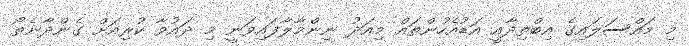
މި މައްސަލައިގެ އިބްތިދާއީ އަޑުއެހުންތައް މިއަދު ނިންމާލާފައިވަނީ މި ދައުވާ ކުރިއަށް ގެންދާނެތޯ